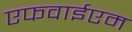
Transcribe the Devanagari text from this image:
एफवाईएम